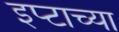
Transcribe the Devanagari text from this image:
इप्टाच्या